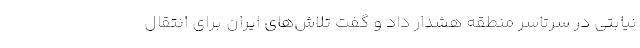
نیابتی در سرتاسر منطقه هشدار داد و گفت تلاش‌های ایران برای انتقال